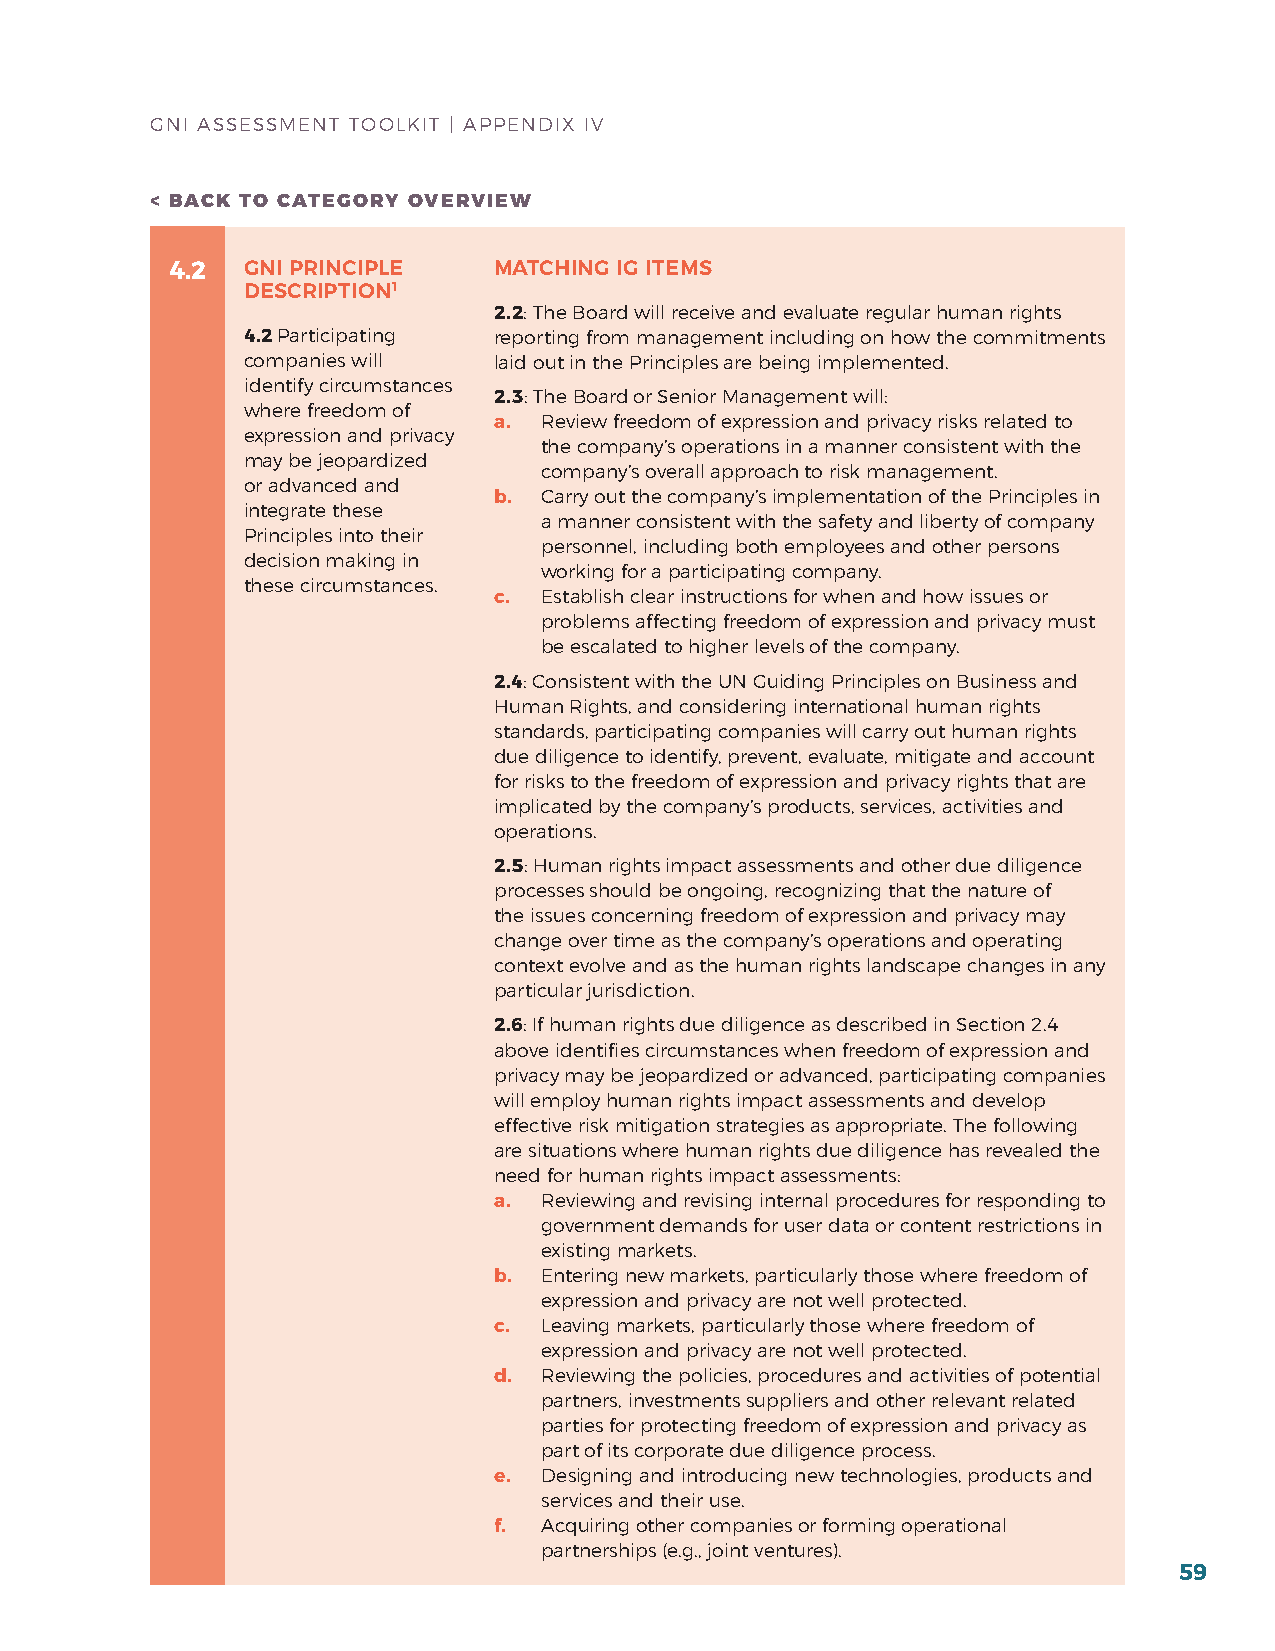
GNI ASSESSMENT TOOLKIT | APPENDIx IV
 < BACK TO CATEGORY OVERVIEW
 4.2  GNI PRINCIPLE    MATCHING IG ITEMS
 DESCRIPTION1
 2.2: The board will receive and evaluate regular human rights
 4.2 Participating reporting from management including on how the commitments
 companies will   laid out in the Principles are being implemented.
 identify circumstances
 2.3: The board or Senior Management will:
 where freedom of
 a. review freedom of expression and privacy risks related to
 expression and privacy
 the company’s operations in a manner consistent with the
 may be jeopardized
 company’s overall approach to risk management.
 or advanced and
 b. Carry out the company’s implementation of the Principles in
 integrate these
 a manner consistent with the safety and liberty of company
 Principles into their
 personnel, including both employees and other persons
 decision making in
 working for a participating company.
 these circumstances.
 c. Establish clear instructions for when and how issues or
 problems affecting freedom of expression and privacy must
 be escalated to higher levels of the company.
 2.4: Consistent with the uN Guiding Principles on business and
 human rights, and considering international human rights
 standards, participating companies will carry out human rights
 due diligence to identify, prevent, evaluate, mitigate and account
 for risks to the freedom of expression and privacy rights that are
 implicated by the company’s products, services, activities and
 operations.
 2.5: human rights impact assessments and other due diligence
 processes should be ongoing, recognizing that the nature of
 the issues concerning freedom of expression and privacy may
 change over time as the company’s operations and operating
 context evolve and as the human rights landscape changes in any
 particular jurisdiction.
 2.6: If human rights due diligence as described in Section 2.4
 above identifies circumstances when freedom of expression and
 privacy may be jeopardized or advanced, participating companies
 will employ human rights impact assessments and develop
 effective risk mitigation strategies as appropriate. The following
 are situations where human rights due diligence has revealed the
 need for human rights impact assessments:
 a. reviewing and revising internal procedures for responding to
 government demands for user data or content restrictions in
 existing markets.
 b. Entering new markets, particularly those where freedom of
 expression and privacy are not well protected.
 c. Leaving markets, particularly those where freedom of
 expression and privacy are not well protected.
 d. reviewing the policies, procedures and activities of potential
 partners, investments suppliers and other relevant related
 parties for protecting freedom of expression and privacy as
 part of its corporate due diligence process.
 e. Designing and introducing new technologies, products and
 services and their use.
 f. Acquiring other companies or forming operational
 partnerships (e.g., joint ventures).
 59